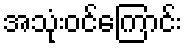
အသုံးဝင်ကြောင်း